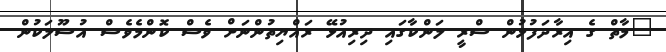
"މާތް ގެ އިރާދަފުޅުން ސްރީ ލަންކާގައި ދިރިއުޅޭ ރައްޔިތުންނަށް ވެސް ކޮންމެވެސް އުސޫލަކުން